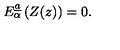
E _ { \alpha } ^ { \underline { a } } \left( Z ( z ) \right) = 0 .